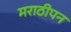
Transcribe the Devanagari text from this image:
मराठीपन